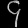
Digit: ၄